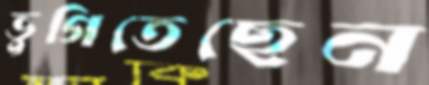
ভুগিতেছেন